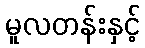
မူလတန်းနှင့်